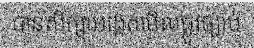
បានសិក្សាអង្កេតមើលផ្លូវច្បាប់